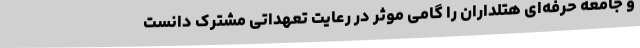
و جامعه حرفه‌ای هتلداران را گامی موثر در رعایت تعهداتی مشترک دانست